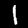
Digit: 1